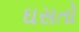
ઘસતો